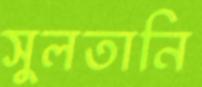
সুলতানি